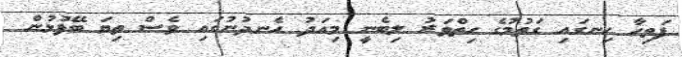
ފަތިހާ ހިނގައި ގަތުމުގެ ހިތްވަރު ލިބެނީ މިއަދު ހެނދުނުގައި ވެސް ތިޔަ ބޭފުޅުން